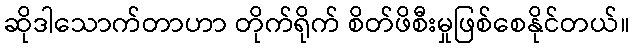
ဆိုဒါသောက်တာဟာ တိုက်ရိုက် စိတ်ဖိစီးမှုဖြစ်စေနိုင်တယ်။